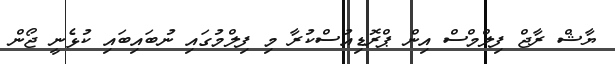
ޔާޝް ރާޖް ފިލްމްސް އިން ޕްރޮޑިއުސްކުރާ މި ފިލްމުގައި ނުބައިބައި ކުޅެނީ ޖޯން